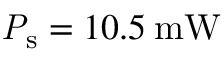
\mathrm { \mathit { P } _ { s } } = 1 0 . 5 \: \mathrm { m W }